Vaccination in Burma 1889-1999 - 1889-1999
Year: 1889
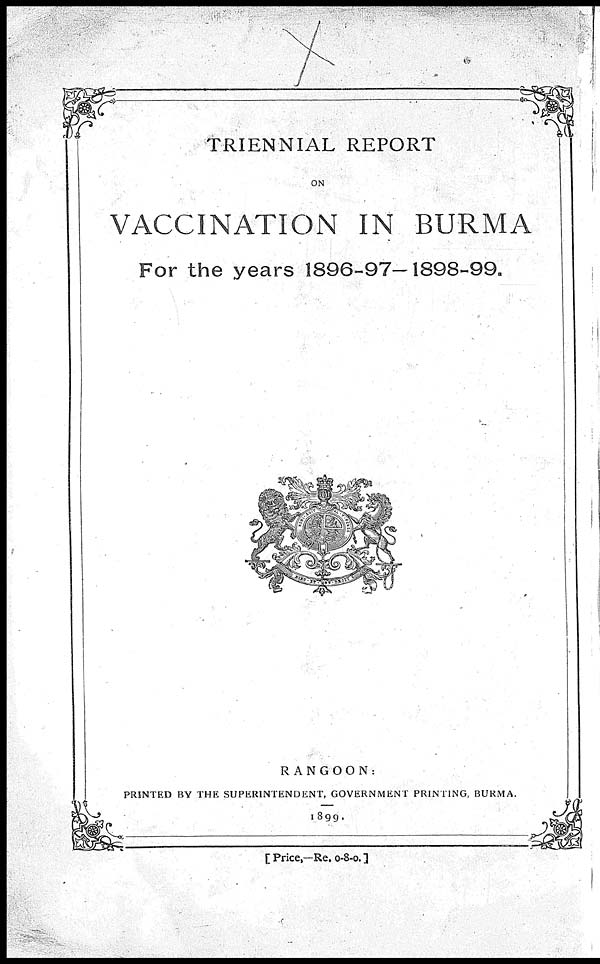
TRIENNIAL REPORT
ON
VACCINATION IN BURMA
For the years 1896-97-1898-99.
RANGOON:
PRINTED BY THE SUPERINTENDENT, GOVERNMENT PRINTING, BURMA.
1899.
[ Price,—Re. 0-8-0.]